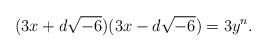
LaTeX: \begin{align*}(3x + d\sqrt{-6})(3x - d\sqrt{-6}) = 3y^n.\end{align*}